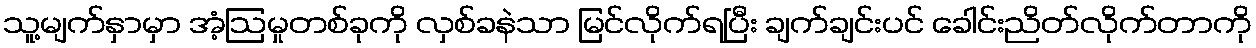
သူ့မျက်နှာမှာ အံ့ဩမှုတစ်ခုကို လှစ်ခနဲသာ မြင်လိုက်ရပြီး ချက်ချင်းပင် ခေါင်းညိတ်လိုက်တာကို